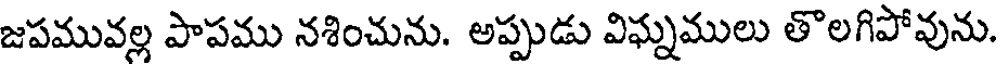
జపమువల్ల పాపము నశించును. అప్పుడు విఘ్నములు తొలగిపోవును.